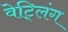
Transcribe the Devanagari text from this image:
वेट्लिंग